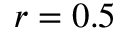
r = 0 . 5